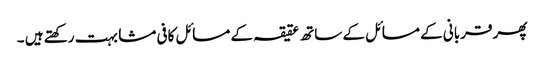
پھر قربانی کے مسائل کے ساتھ عقیقہ کے مسائل کافی مشابہت رکھتے ہیں ۔